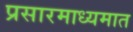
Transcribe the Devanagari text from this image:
प्रसारमाध्यमात